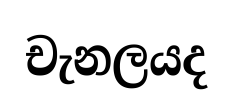
චැනලයද